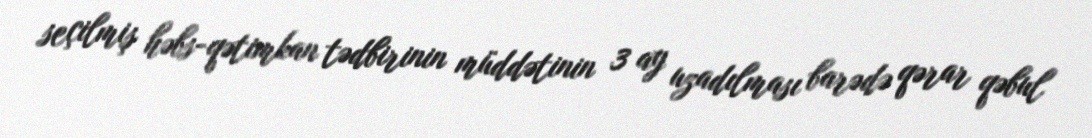
seçilmiş həbs-qətimkan tədbirinin müddətinin 3 ay uzadılması barədə qərar qəbul